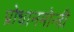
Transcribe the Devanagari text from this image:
प्रोधानमोन्त्री